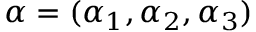
\alpha = ( \alpha _ { 1 } , \alpha _ { 2 } , \alpha _ { 3 } )